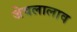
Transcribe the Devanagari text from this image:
जेवलालाव